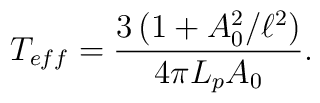
T_{eff}=\frac{3\left(1+A_0^2/\ell^2\right)}{4\pi L_pA_0}.